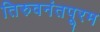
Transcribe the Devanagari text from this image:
तिरुवनंतपूरम